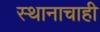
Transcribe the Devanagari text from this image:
स्थानाचाही